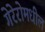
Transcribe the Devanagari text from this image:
गेरेरोमधील